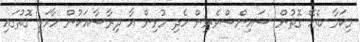
މިކަމާ ބެހޭ ގޮތުން ސައިންސްވެރިން ހެދި މުޅިން އާ ދިރާސާއަކުން ހާމަވި ގޮތުގައި